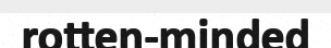
rotten-minded